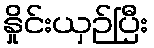
နှိုင်းယှဉ်ပြီး